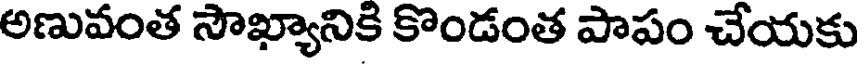
అణువంత సౌఖ్యానికి కొండంత పాపం చేయకు